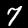
Label: 7